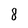
Character: 8